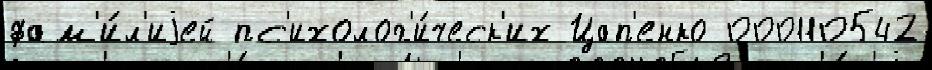
фам'и́л'иjей пс'ихолог'и́ческ'их Цап'енко 000110542